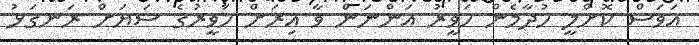
އަވަސް ކޮށްލީ ހުދާމެން ހަވީރު އަންނަން ވާ އިރަށް ހަވީރުގެ ސަޔަށް ރަނގަޅު